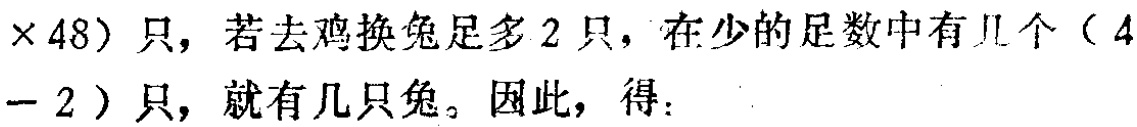
$\times 48)$只，若去鸡换兔足多$2$只，在少的足数中有几个（$4$

$-2$）只，就有几只兔。因此，得：